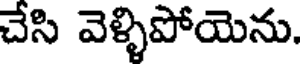
చేసి వెళ్ళిపోయెను.